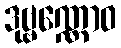
ဒုဗ္ဗဏ္ဏောဝ